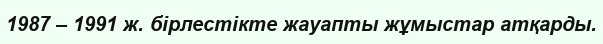
1987 – 1991 ж. бірлестікте жауапты жұмыстар атқарды.